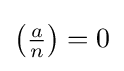
\left({\tfrac {a}{n}}\right)=0